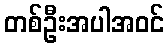
တစ်ဦးအပါအဝင်